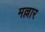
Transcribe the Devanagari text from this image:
मल्लार